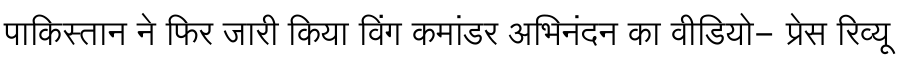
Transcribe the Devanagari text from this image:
पाकिस्तान ने फिर जारी किया विंग कमांडर अभिनंदन का वीडियो- प्रेस रिव्यू